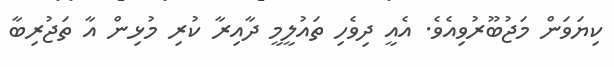
ކިޔަވަން މަޖުބޫރުވިއެވެ. އެއީ ދިވެހި ތައުލީމީ ދާއިރާ ކުރި މުޅިން އާ ތަޖުރިބާ